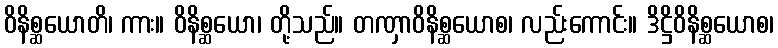
ဝိနိစ္ဆယောတိ၊ ကား။ ဝိနိစ္ဆယော၊ တို့သည်။ တဏှာဝိနိစ္ဆယောစ၊ လည်းကောင်း။ ဒိဋ္ဌိဝိနိစ္ဆယောစ၊